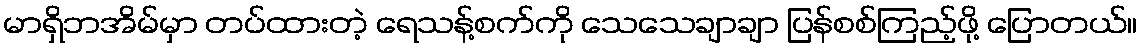
မာရှိဘအိမ်မှာ တပ်ထားတဲ့ ရေသန့်စက်ကို သေသေချာချာ ပြန်စစ်ကြည့်ဖို့ ပြောတယ်။